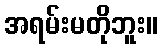
အရမ်းမတိုဘူး။